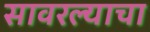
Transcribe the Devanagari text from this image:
सावरल्याचा